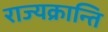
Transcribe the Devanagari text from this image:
राज्यक्रान्ति